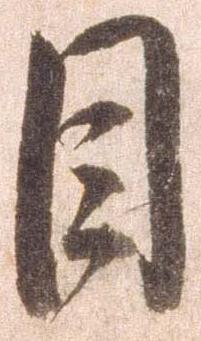
目